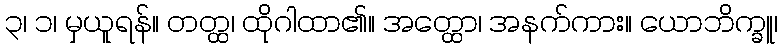
၃၊ ၁၊ မှယူရန်။ တတ္ထ၊ ထိုဂါထာ၏။ အတ္ထော၊ အနက်ကား။ ယောဘိက္ခူ၊